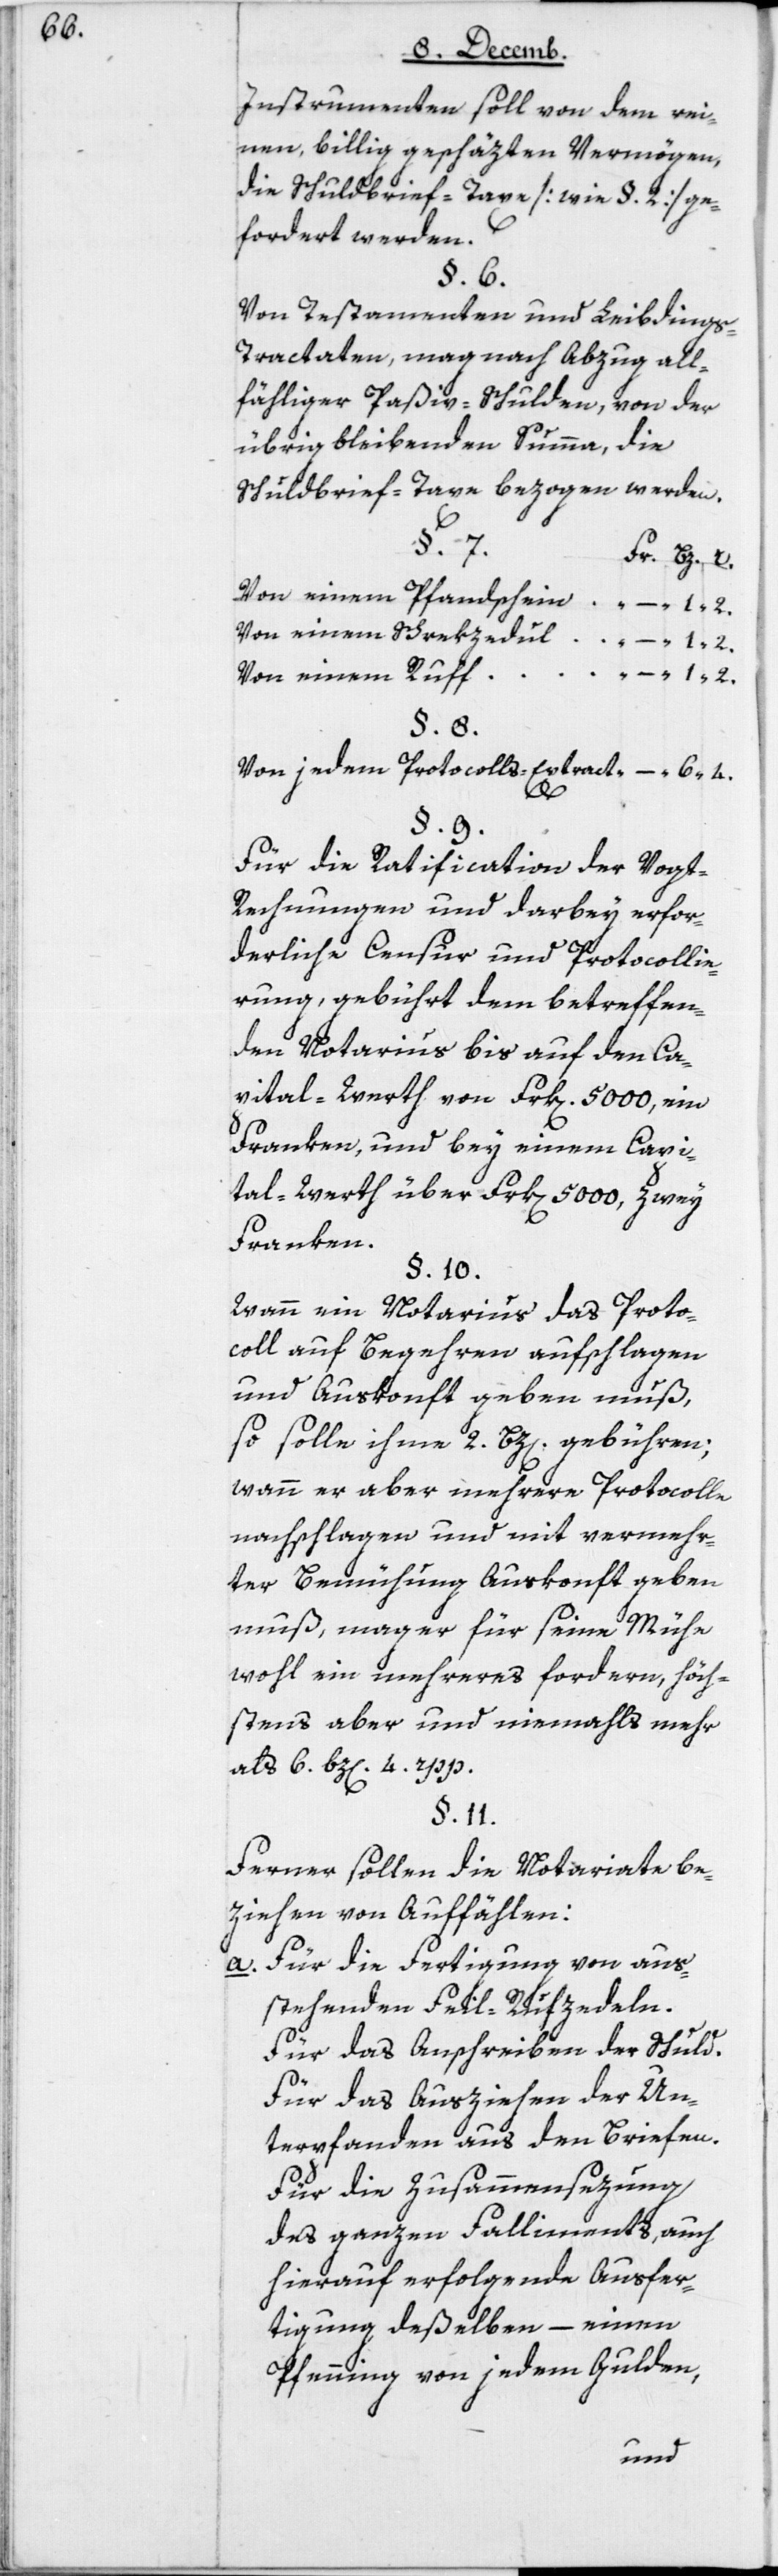
instrumenten soll von dem rei¬
nen, billig geschäzten Vermögen,
die Schuldbrief-Taxe (wie § 2) ge¬
fordert werden.
§ 6.
Von Testamenten und Leibding¬
s-Tractaten, mag nach Abzug all¬
fähliger Paßiv-Schulden, von der
übrig bleibenden Summa, die
Schuldbrief-Taxe bezogen werden.
Von einem Pfandschein
Von einem Schrekzedul [sic!]
Von einem Ruff
Von jedem Protocolls-Extract
§ 9.
Für die Ratification der Vogt-R¬
echnungen und darbey erfor¬
derliche Censur und Protocollie¬
rung, gebührt dem betreffen¬
den Notarius bis auf den Ca¬
pital-Werth von Frk[en]. 5000, ein
Franken, und bey einem Capi¬
tal-Werth über Frk[en] 5000, zwey
Franken.
§ 10.
Wann ein Notarius das Proto¬
coll auf Begehren aufschlagen
und Auskonft geben muß,
so solle ihme 2 Bz[en] gebühren;
wann er aber mehrere Protocolle
nachschlagen und mit vermehr¬
ter Bemühung Auskonft geben
muß, mag er für seine Mühe
wohl ein mehreres fordern, höch¬
stens aber und niemahls mehr
als 6 Bz[en] 4 rpp.
§ 11.
Ferner sollen die Notariate be¬
ziehen von Auffählen:
a. Für die Fertigung von aus¬
stehenden Feil-Rufzedeln.
Für das Ausschreiben der Schuld.
Für das Ausziehen der Un¬
terpfanden aus den Briefen.
Für die Zusammensezung
des ganzen Falliments, auch
hierauf erfolgende Ausfer¬
tigung deßelben – einen
Pfenning von jedem Gulden,